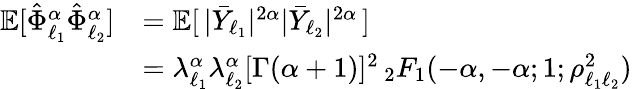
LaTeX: \begin{array}{rl}{{\mathbb E}[\hat{\Phi}_{\ell_{1}}^{\alpha}\hat{\Phi}_{\ell_{2}}^{\alpha}]}&{={\mathbb E}[\, |\bar{Y}_{\ell_{1}}|^{2\alpha}|\bar{Y}_{\ell_{2}}|^{2\alpha}\, ]}\\ &{=\lambda_{\ell_{1}}^{\alpha}\lambda_{\ell_{2}}^{\alpha}[\Gamma(\alpha+1)]^{2}\, _{2}F_{1}(-\alpha,-\alpha;1;\rho_{\ell_{1}\ell_{2}}^{2})}\end{array}